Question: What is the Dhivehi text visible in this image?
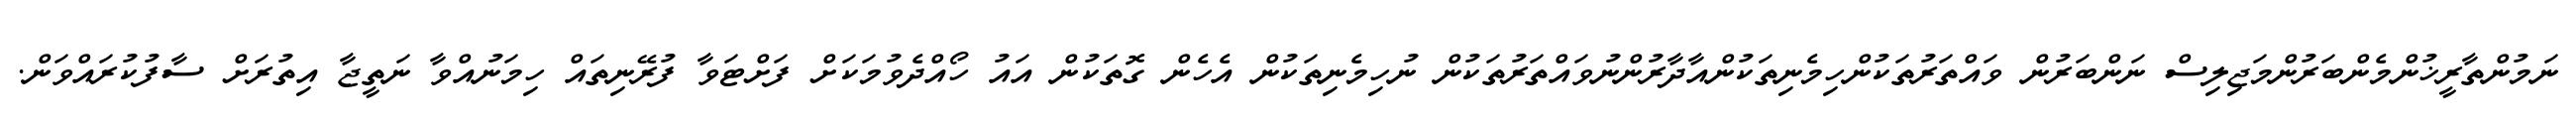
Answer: ނަމުންތާރީޚުންމެންބަރުންމަޖިލިސް ނަންބަރުން ވައްތަރުތަކުންހިމެނިތަކުންއާދާރުންނުވައްތަރުތަކުން ނުހިމެނިތަކުން އެހެން ގޮތަކުން އައު ހޯއްދެވުމަކަށް ފަށްޓަވާ ފުރޭނިތައް ހިމަނުއްވާ ނަތީޖާ އިތުރަށް ސާފުކުރައްވަން.